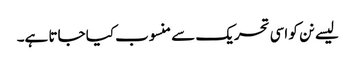
لیسے نن کو اسی تحریک سے منسوب کیا جاتا ہے۔